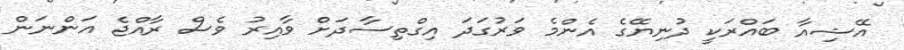
އޭޝިއާ ބައްރަކީ ދުނިޔޭގެ އެންމެ ވަރުގަދަ އިގްތިސާދަށް ވާއިރު ވެސް ރާއްޖެ އަންނަން